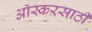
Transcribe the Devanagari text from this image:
ऑस्करसाठी